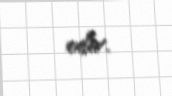
edir.